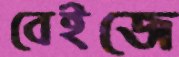
বেইজে